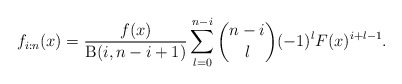
\begin{align*}f_{i:n}(x)=\frac{f(x)}{\operatorname{B}(i,n-i+1)}\sum_{l=0}^{n-i}\binom{n-i}{l}(-1)^lF(x)^{i+l-1}.\end{align*}